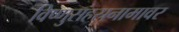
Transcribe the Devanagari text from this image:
विष्णुसहस्रनामावर